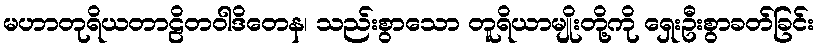
မဟာတုရိယတာဠိတဝါဒိတေန၊ သည်းစွာသော တူရိယာမျိုးတို့ကို ရှေးဦးစွာခတ်ခြင်း